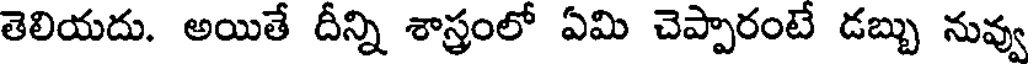
తెలియదు. అయితే దీన్ని శాస్త్రంలో ఏమి చెప్పారంటే డబ్బు నువ్వు